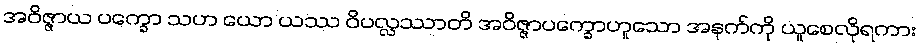
အဝိဇ္ဇာယ ပက္ခော သဟ ယော ယဿ ဝိပလ္လဿာတိ အဝိဇ္ဇာပက္ခောဟူသော အနက်ကို ယူစေလိုရကား